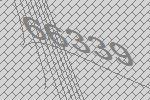
66339